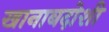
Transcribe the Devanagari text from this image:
खानाबदोशी